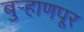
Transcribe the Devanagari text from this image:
बुर्‍हाणपूर